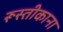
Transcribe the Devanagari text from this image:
रूस्तीकाना